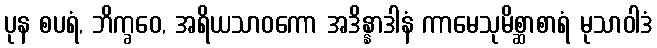
ပုန စပရံ, ဘိက္ခဝေ, အရိယသာဝကော အဒိန္နာဒါနံ ကာမေသုမိစ္ဆာစာရံ မုသာဝါဒံ